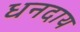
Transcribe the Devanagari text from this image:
धनदाय